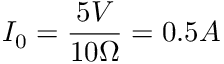
I _ { 0 } = \frac { 5 V } { 1 0 \Omega } = 0 . 5 A